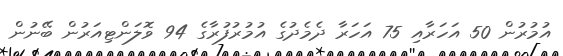
އުމުރުން 50 އަހަރާއި 75 އަހަރާ ދެމެދުގެ އުމުރުފުރާގެ 94 ވޮލަންޓިއަރުން ބޭނުން